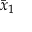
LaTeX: { \bar { x } } _ { 1 }